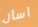
أسأل